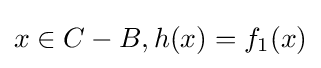
x\in C-B,h(x)=f_{1}(x)